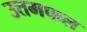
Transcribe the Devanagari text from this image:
उत्तमफल